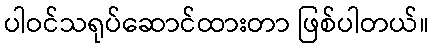
ပါဝင်သရုပ်ဆောင်ထားတာ ဖြစ်ပါတယ်။